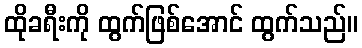
ထိုခရီးကို ထွက်ဖြစ်အောင် ထွက်သည်။